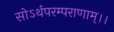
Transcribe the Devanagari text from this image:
सोऽर्थपरम्पराणाम्।।